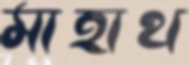
মাহাথ